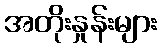
အတိုးနှုန်းများ